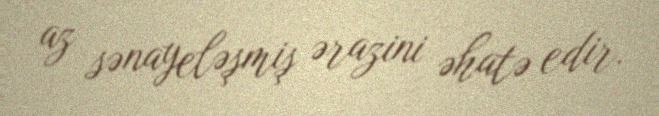
az sənayeləşmiş ərazini əhatə edir.